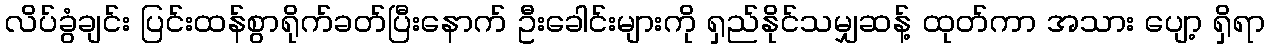
လိပ်ခွံချင်း ပြင်းထန်စွာရိုက်ခတ်ပြီးနောက် ဦးခေါင်းများကို ရှည်နိုင်သမျှဆန့် ထုတ်ကာ အသား ပျော့ ရှိရာ